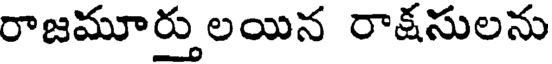
రాజమూర్తులయిన రాక్షసులను